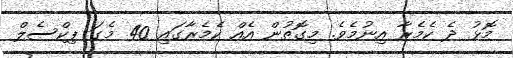
މޮޅު ދެ ކެމެރާ އިނުމެވެ. މިގޮތުން އެއް ކެމެރާގައި 40 މެގަ ޕިކްސެލް